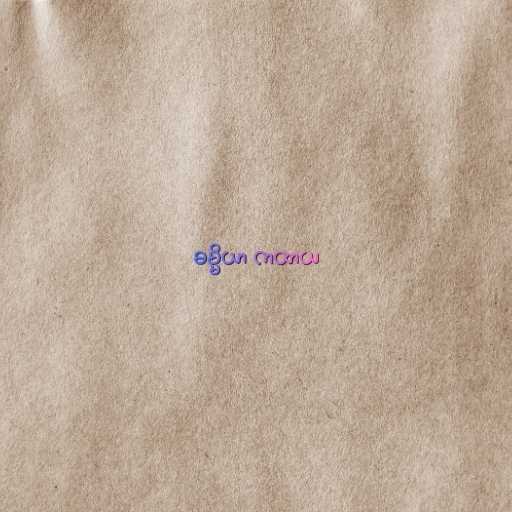
ဓမ္မိယာ ကထာယ